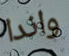
واندا